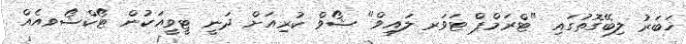
ޚަބަރު ލިބޭގޮތުގައި "ޓްރަމްޕް ޓަވަރ ލައިވް" ޝޯވް ކުރިއަށް ދަނީ ޓީވީއަކުން ޓޯކްޝޯވއެއް